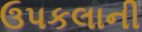
ઉપકલાની